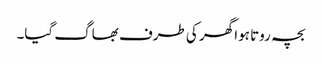
بچہ روتا ہوا گھر کی طرف بھاگ گیا۔